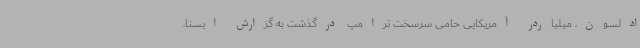
ادلسون، میلیاردر آمریکایی حامی سرسخت ترامپ درگذشت به گزارش ایسنا،